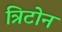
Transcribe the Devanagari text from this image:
त्रिटोन